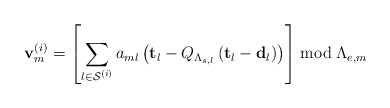
\begin{align*}\mathbf{v}_{m}^{\left(i\right)}=\left[\sum_{l\in\mathcal{S}^{\left(i\right)}}a_{ml}\left(\mathbf{t}_{l}-Q_{\Lambda_{s,l}}\left(\mathbf{t}_{l}-\mathbf{d}_{l}\right)\right)\right]\bmod\Lambda_{e,m}\end{align*}